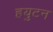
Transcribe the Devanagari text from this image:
हयुटन